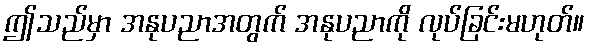
ဤသည်မှာ အနုပညာအတွက် အနုပညာကို လုပ်ခြင်းမဟုတ်။